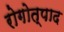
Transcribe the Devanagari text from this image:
रोगोत्पाद